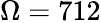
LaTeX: \Omega=712